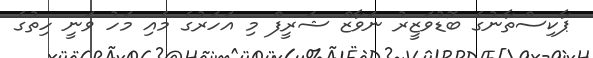
ޕާކިސްތާނުގެ ބޮޑުވަޒީރު ނަވާޒް ޝަރީފް މި އަހަރުގެ މެއި މަހު ވަނީ ހިތުގެ